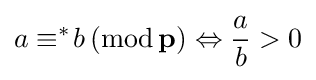
a\equiv ^{\ast }\!b\,(\mathrm {mod} \,\mathbf {p} )\Leftrightarrow {\frac {a}{b}}>0